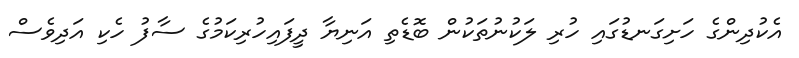
އެކުދިންގެ ހަށިގަނޑުގައި ހުރި ލަކުނުތަކުން ބޮޑެތި އަނިޔާ ދީފައިހުރިކަމުގެ ސާފު ހެކި އަދިވެސް